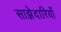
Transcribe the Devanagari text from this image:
साझेदारियाँ